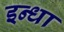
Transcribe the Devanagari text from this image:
इन्धा